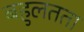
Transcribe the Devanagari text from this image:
बहुलतता